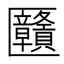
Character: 㔶